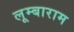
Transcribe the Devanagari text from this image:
लूम्बाराम